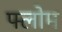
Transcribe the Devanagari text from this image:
फ्लोम